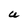
Character: U